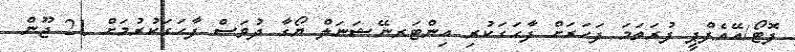
ފޮޓޯ/އޭއެފްޕީ ފުރަތަމަ ފަހަރަށް ފާހަގަކުރި އިންޓަރނޭޝަނަލް ޔޯގާ ދުވަސް ފާހަގަކުރުމަށް 21 ޖޫން